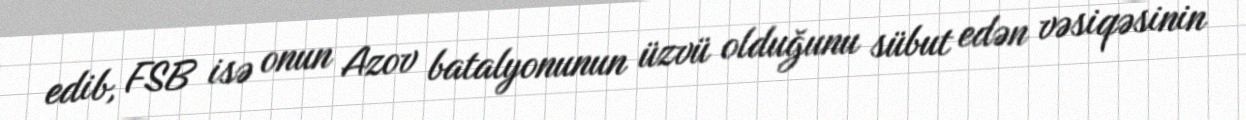
edib, FSB isə onun Azov batalyonunun üzvü olduğunu sübut edən vəsiqəsinin